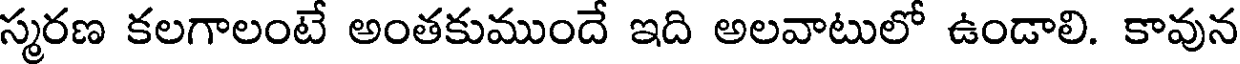
స్మరణ కలగాలంటే అంతకుముందే ఇది అలవాటులో ఉండాలి. కావున